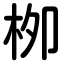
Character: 栁